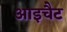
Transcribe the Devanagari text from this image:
आइचैट